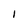
Character: 1